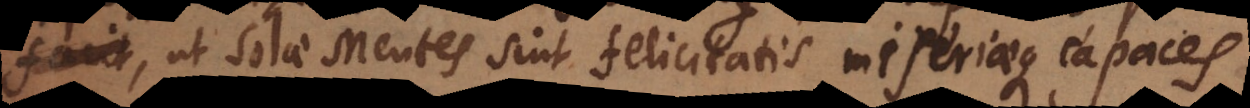
ut solae Mentes sint felicitatis miseriaeque capaces